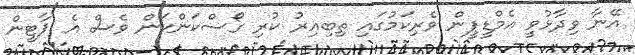
އޭނާ ވިދާޅުވީ އެމްޑީޕީން ވެރިކަމުގައި ތިބިއިރު ކުރި ގޯސްކަންކަން ވެސް އެ ޕާޓީން